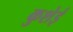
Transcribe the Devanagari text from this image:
कुशेई